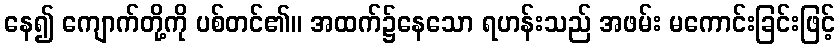
နေ၍ ကျောက်တို့ကို ပစ်တင်၏။ အထက်၌နေသော ရဟန်းသည် အဖမ်း မကောင်းခြင်းဖြင့်